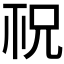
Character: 𥘱